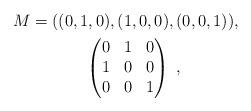
LaTeX: \begin{align*}\begin{gathered}M = ((0, 1, 0), (1, 0, 0), (0, 0, 1)),\quad\\\begin{pmatrix}0& 1& 0\\1& 0& 0\\0& 0& 1\end{pmatrix}\;,\end{gathered}\end{align*}